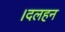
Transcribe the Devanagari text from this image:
।दलहन